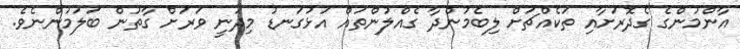
އާންމުންގެ ގެދޮރަށާއި ތަކެއްޗަށް ލިބެމުންދާ ގެއްލުންތައް އަޅުގަނޑު މިދަނީ ވަރަށް ގާތުން ބަލަމުންނެވެ.